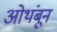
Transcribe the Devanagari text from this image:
ओथंबून